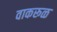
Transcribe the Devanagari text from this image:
वाकरूळ